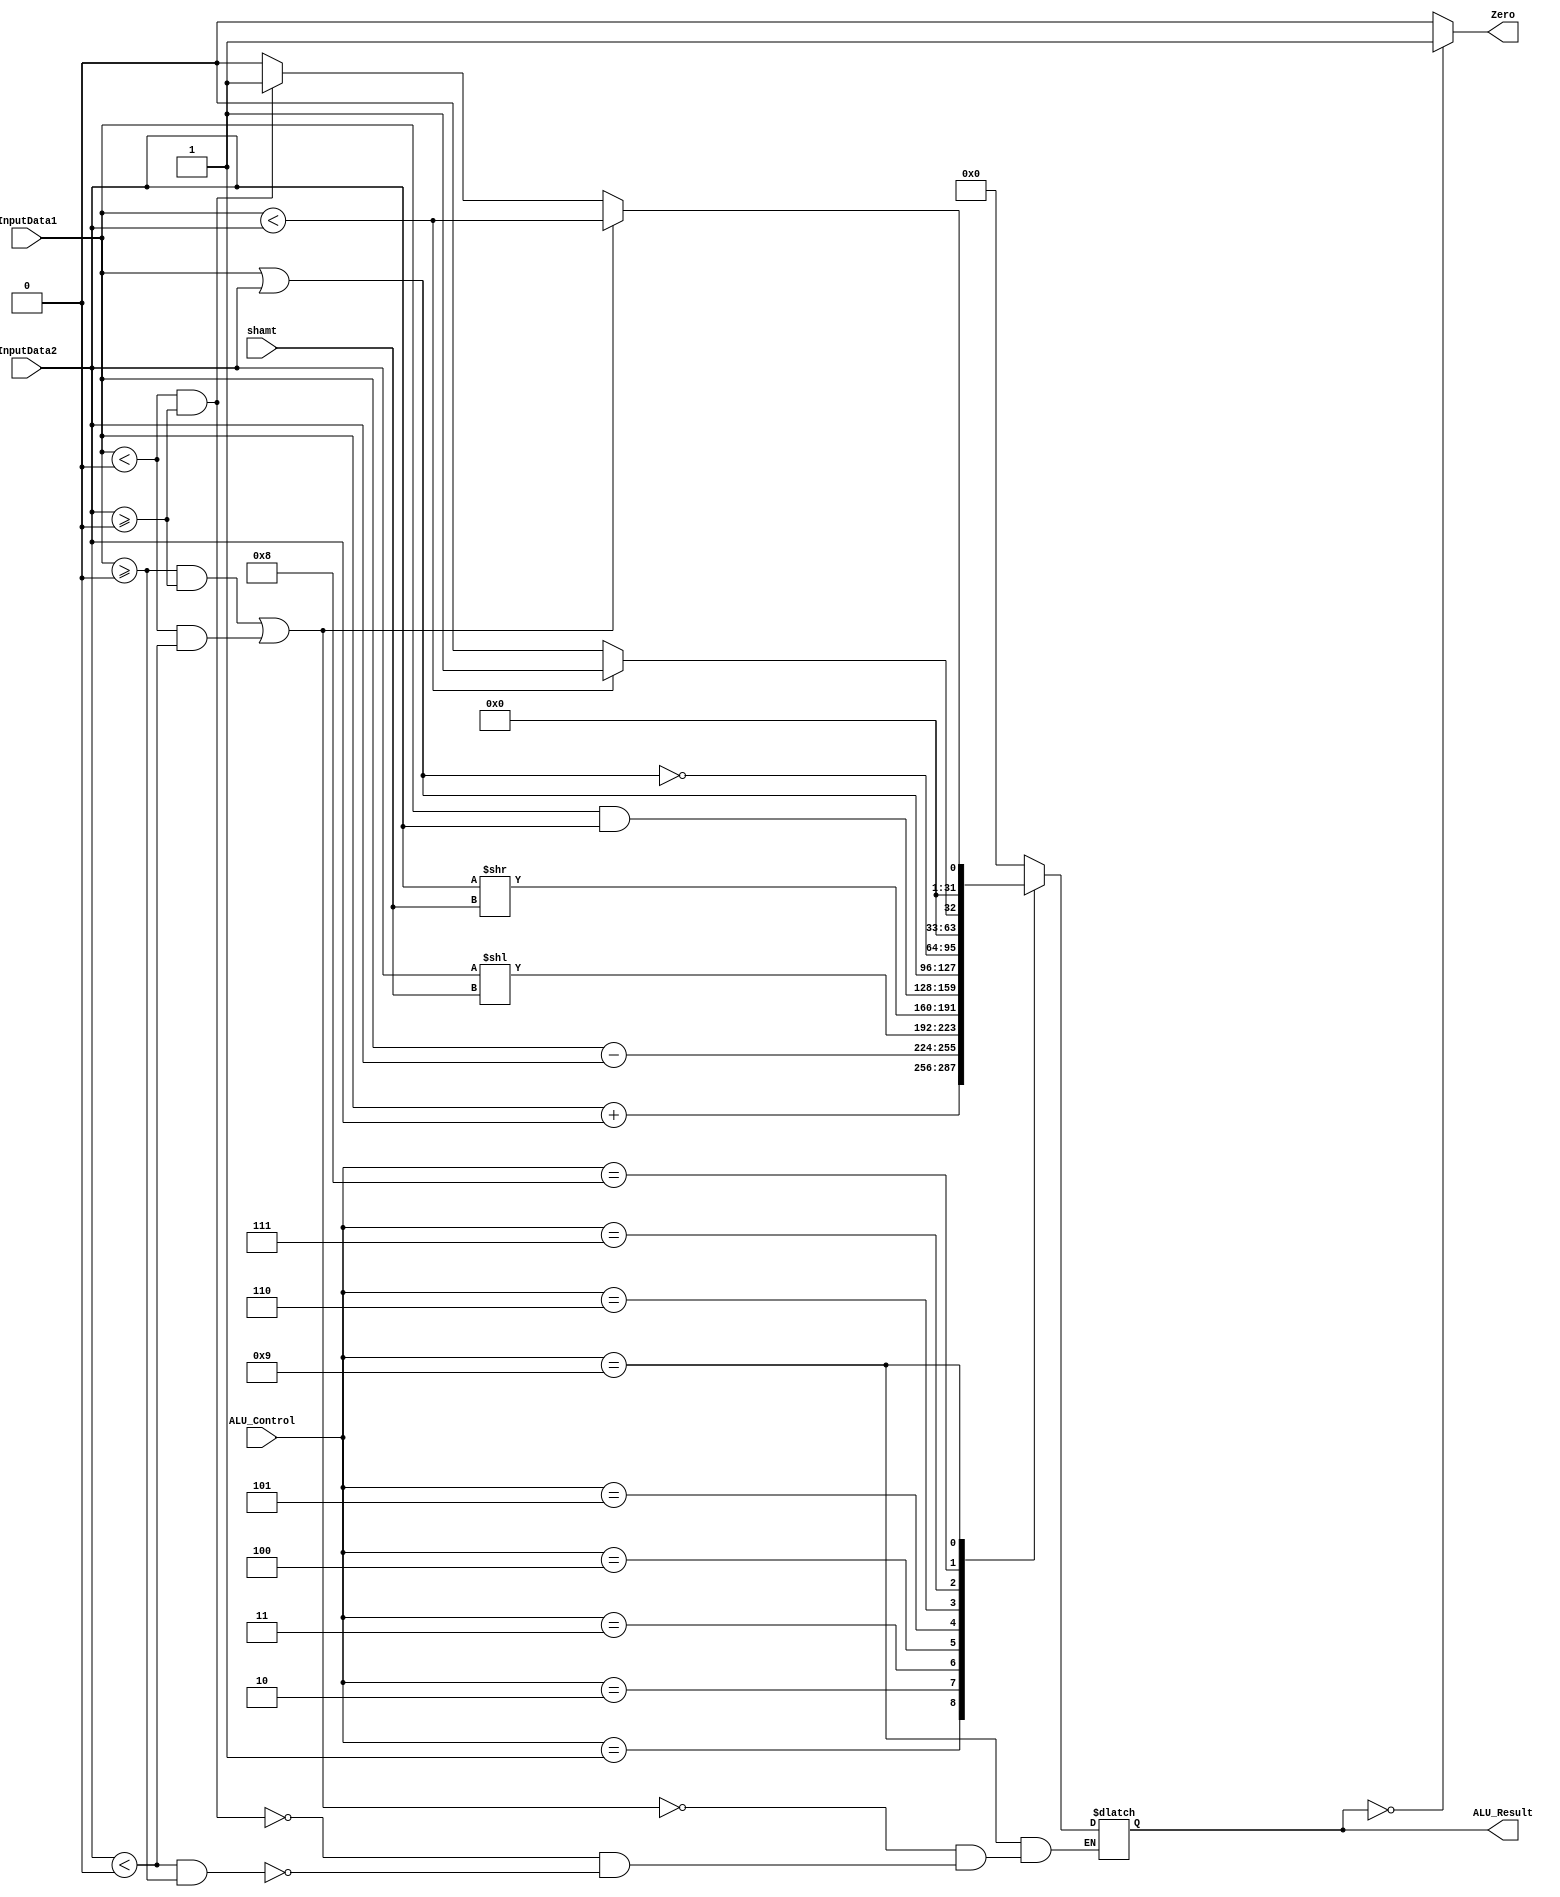
module ALU(Zero, ALU_Result, InputData1, InputData2, shamt, ALU_Control);
input [31:0] InputData1, InputData2;
input [4:0] shamt;
input [3:0] ALU_Control;
output Zero;
output reg [31:0] ALU_Result;

//reg [31:0] tmp1;
//reg [31:0] tmp2;

assign Zero = (ALU_Result == 0) ? 1 : 0;

always @ (InputData1, InputData2, shamt, ALU_Control)
begin
	case(ALU_Control)
// ADD
		4'd1: begin 
			ALU_Result <= InputData1+InputData2;
		       end
//SUB		
		4'd2: begin 
			ALU_Result <= InputData1-InputData2;
		       end
//SLL		
		4'd3: begin 
			//ALU_Result <= InputData1 << InputData2;
			ALU_Result <= InputData2 << shamt;
		       end
//SRL		
		4'd4: begin 
			//ALU_Result <= InputData1 >> InputData2;
			ALU_Result <= InputData2 >> shamt;
		       end
//AND		
		4'd5: begin 
			ALU_Result <= InputData1&InputData2;
		       end
//OR		
		4'd6: begin 
			ALU_Result <= InputData1|InputData2;
		       end
//NOR		
		4'd7: begin 
			ALU_Result <= ~(InputData1|InputData2);
		       end
//SLTU		
		4'd8: begin 
			ALU_Result <= (InputData1<InputData2)? 1 : 0;
		       end
//SLT		
		4'd9: begin

			if((InputData1 >= 0 & InputData2 >= 0) | (InputData1 < 0 & InputData2 < 0))
				ALU_Result <= (InputData1 < InputData2);
			else if(InputData1 < 0 & InputData2 >= 0)
				ALU_Result <= 1;
			else if(InputData2 < 0 & InputData1 >= 0)
				ALU_Result <= 0;

		       end
		default: ALU_Result <= 0;
	endcase
end

endmodule